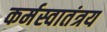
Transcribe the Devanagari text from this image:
कर्मस्वातंत्रय